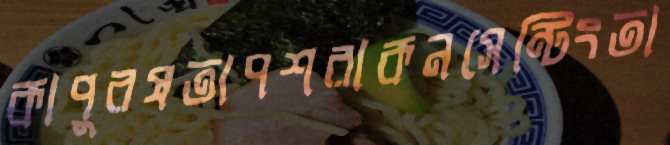
কাপুরষতাপশরাকনসেন্টিংতা